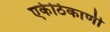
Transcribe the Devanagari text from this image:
एकेठिकाणी